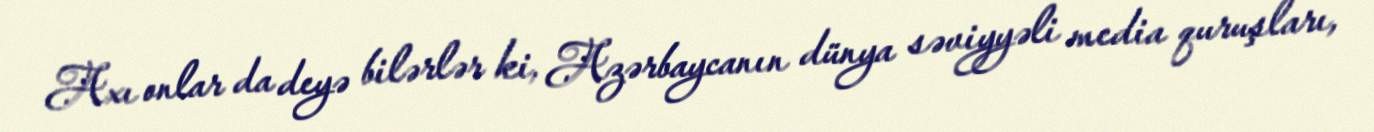
Axı onlar da deyə bilərlər ki, Azərbaycanın dünya səviyyəli media quruşları,